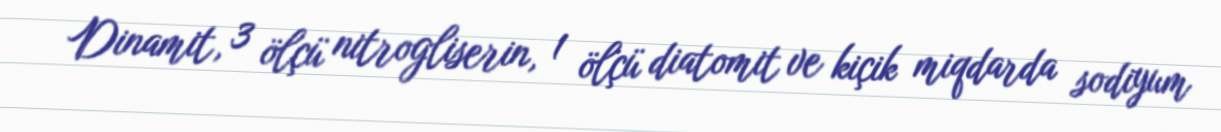
Dinamit, 3 ölçü nitrogliserin, 1 ölçü diatomit ve kiçik miqdarda sodiyum